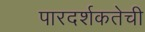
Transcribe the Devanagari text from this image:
पारदर्शकतेची